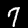
Label: 7